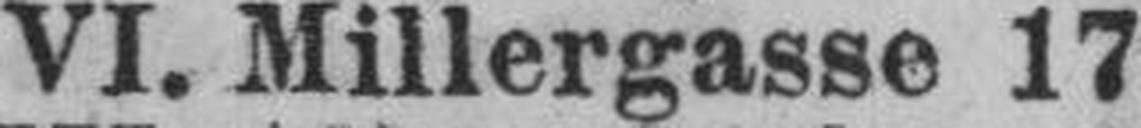
VI. Millergasse 17